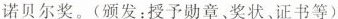
诺贝尔奖。(颁发：授予勋章、奖状。证书等)